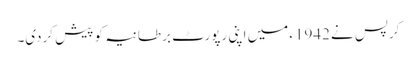
کرپس نے 1942ء میں اپنی رپورٹ برطانیہ کو پیش کردی۔